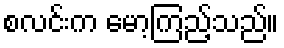
စလင်းက မော့ကြည့်သည်။